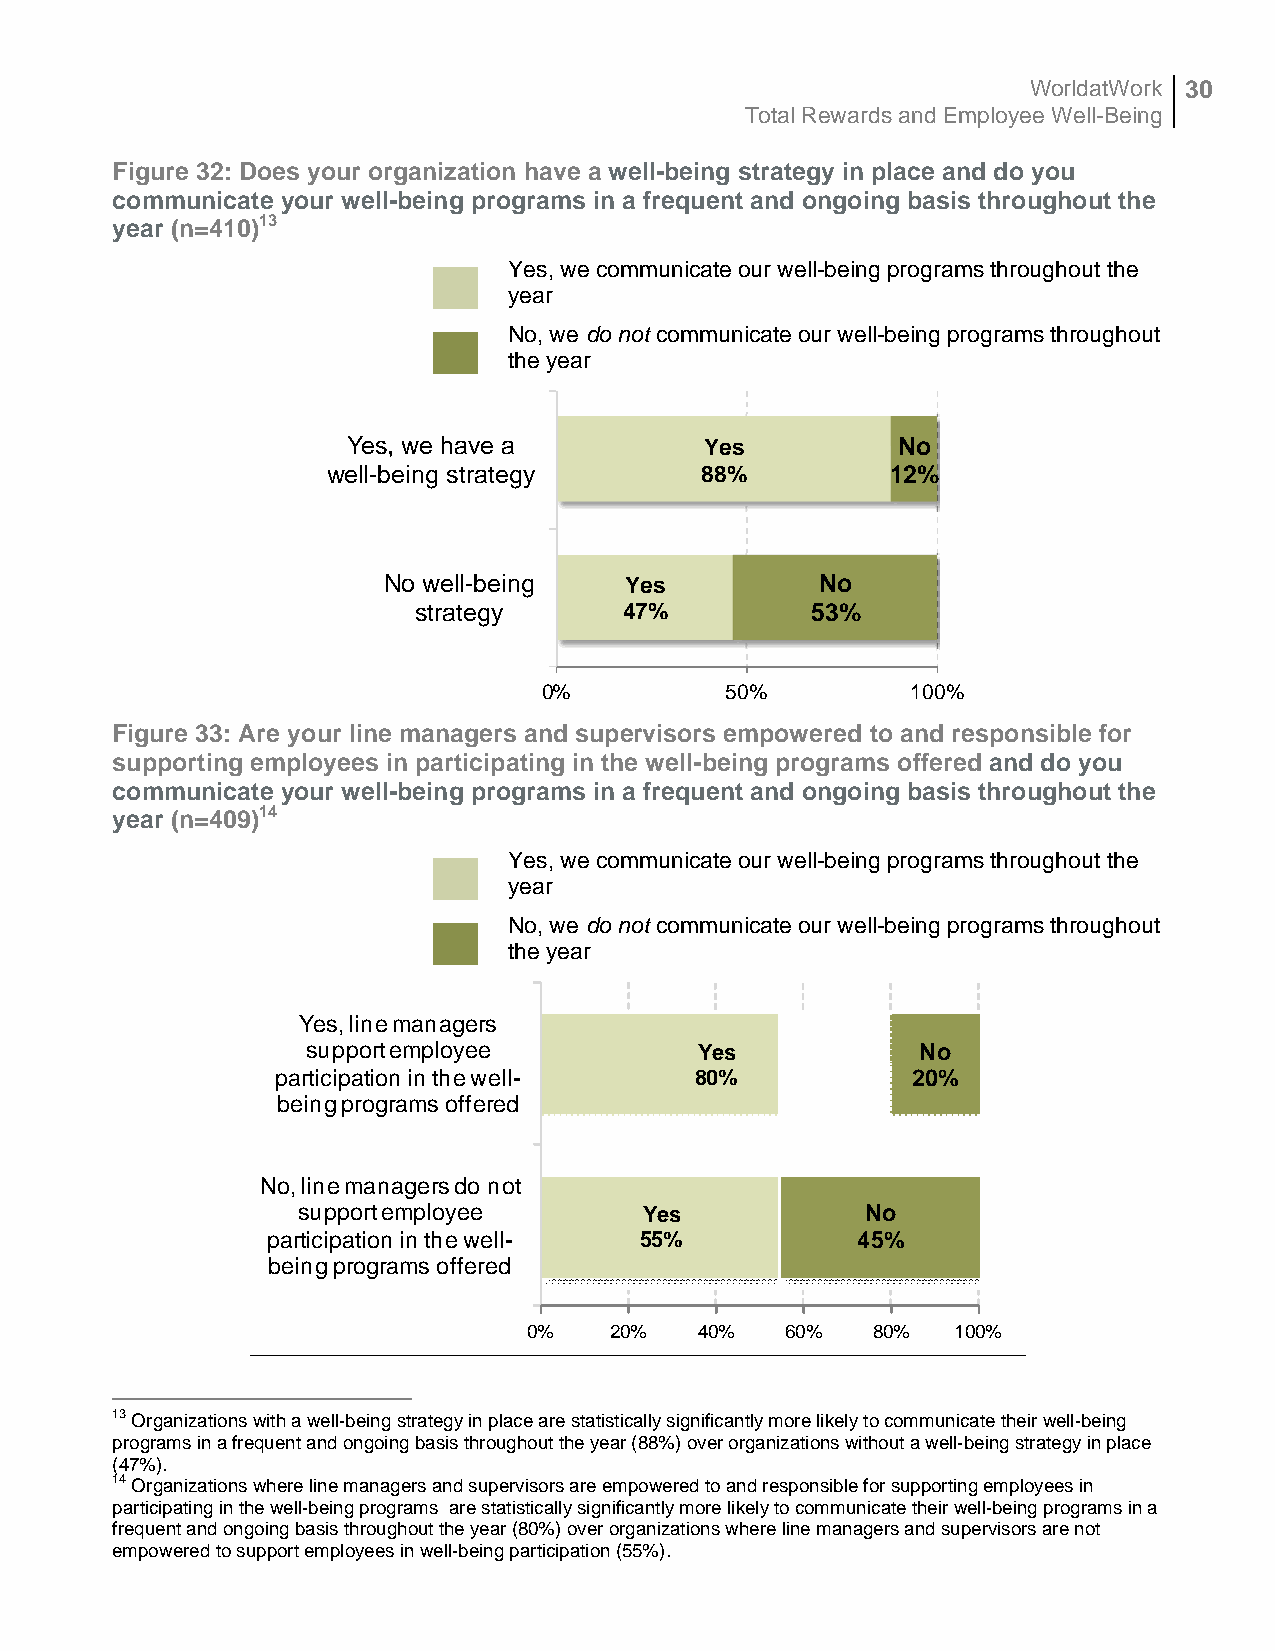
WorldatWork 30
 Total Rewards and Employee Well-Being
 Figure 32: Does your organization have a well-being strategy in place and do you
 communicate your well-being programs in a frequent and ongoing basis throughout the
 year (n=410)13
 Yes, we communicate our well-being programs throughout the
 year
 No, we do not communicate our well-being programs throughout
 the year
 Yes, we have a          Yes         No
 well-being strategy     88%          12%
 No well-being   Yes          No
 strategy      47%          53%
 0%          50%         100%
 Figure 33: Are your line managers and supervisors empowered to and responsible for
 supporting employees in participating in the well-being programs offered and do you
 communicate your well-being programs in a frequent and ongoing basis throughout the
 year (n=409)14
 Yes, we communicate our well-being programs throughout the
 year
 No, we do not communicate our well-being programs throughout
 the year
 Yes, line managers
 support employee          Yes            No
 participation in the well-  80%           20%
 being programs offered
 No, line managers do not
 support employee       Yes           No
 participation in the well- 55%         45%
 being programs offered
 0%   20%   40%   60%   80%  100%
 13 Organizations with a well-being strategy in place are statistically significantly more likely to communicate their well-being
 programs in a frequent and ongoing basis throughout the year (88%) over organizations without a well-being strategy in place
 (47%).
 14 Organizations where line managers and supervisors are empowered to and responsible for supporting employees in
 participating in the well-being programs are statistically significantly more likely to communicate their well-being programs in a
 frequent and ongoing basis throughout the year (80%) over organizations where line managers and supervisors are not
 empowered to support employees in well-being participation (55%).